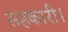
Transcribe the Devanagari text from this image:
सहकारी।